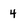
Character: 4